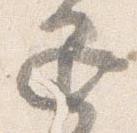
退